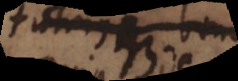
cum in